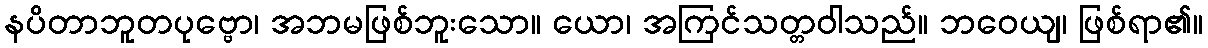
နပိတာဘူတပုဗ္ဗော၊ အဘမဖြစ်ဘူးသော။ ယော၊ အကြင်သတ္တဝါသည်။ ဘဝေယျ၊ ဖြစ်ရာ၏။